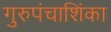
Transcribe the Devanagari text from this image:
गुरुपंचाशिंका